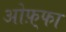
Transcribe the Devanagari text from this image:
ओफ़्फा